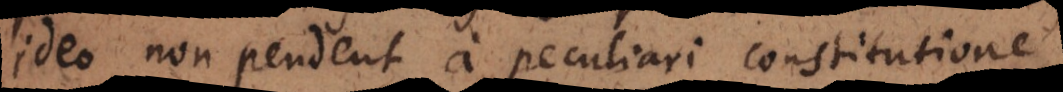
ideo non pendent a peculiari constitutione